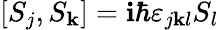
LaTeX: \left[S_{j},S_{\mathbf{k}}\right]=\mathbf{i}\hbar\varepsilon_{j\mathbf{k}l}S_{l}